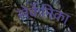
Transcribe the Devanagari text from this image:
सेर्कनिका